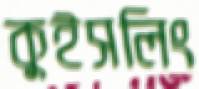
কুইসলিং